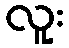
လူး